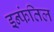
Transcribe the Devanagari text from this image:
इन्फंतिल